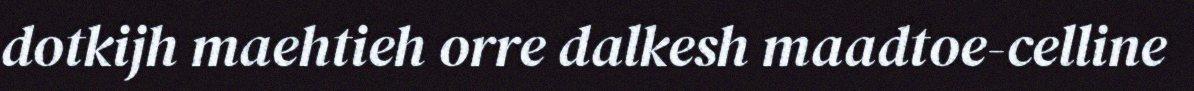
dotkijh maehtieh orre dalkesh maadtoe-celline